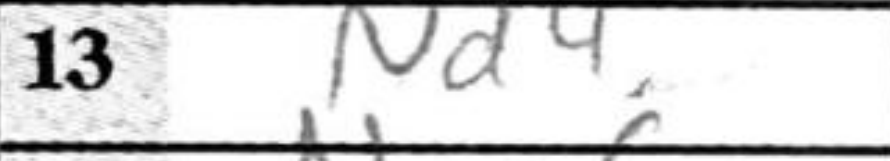
Transcription: Nd4